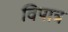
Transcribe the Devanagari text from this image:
विपात्र